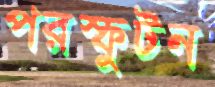
পরস্ফুটন